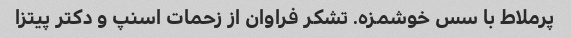
پرملاط با سس خوشمزه. تشکر فراوان از زحمات اسنپ و دکتر پیتزا